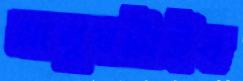
মানুষটাইব